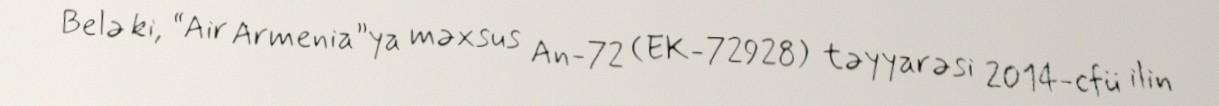
Belə ki, “Air Armenia”ya məxsus An-72 (EK-72928) təyyarəsi 2014-cfü ilin